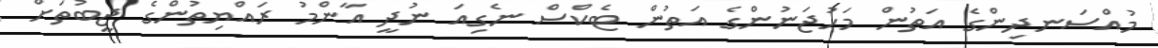
މުއްސަނދިންގެ އަތުން މަހުޖަނުންގެ އަތުން ޓެކްސް ނެގިއަ ނުދީ އާންމު ރައްޔިތުންގެ ޖީބުތަށް